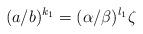
LaTeX: \begin{align*} (a/b)^{k_1}=(\alpha/\beta)^{l_1}\zeta\end{align*}